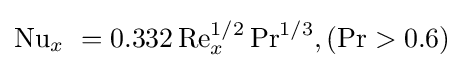
\mathrm {Nu} _{x}\ =0.332\,\mathrm {Re} _{x}^{1/2}\,\mathrm {Pr} ^{1/3},(\mathrm {Pr} >0.6)